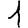
Digit: 1